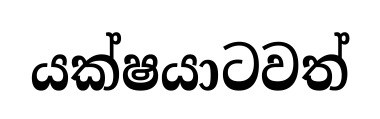
යක්ෂයාටවත්